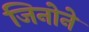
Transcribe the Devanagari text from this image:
जिनोने